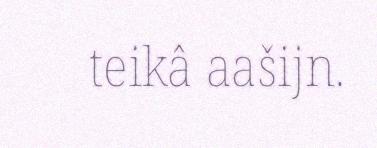
teikâ aašijn.